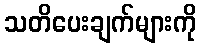
သတိပေးချက်များကို